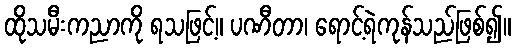
ထိုသမီးကညာကို ရသဖြင့်။ ပဏီတာ၊ ရောင့်ရဲကုန်သည်ဖြစ်၍။